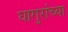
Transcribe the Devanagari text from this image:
घागुरांच्या